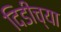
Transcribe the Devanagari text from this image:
दिडीच्या